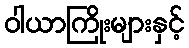
ဝါယာကြိုးများနှင့်